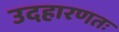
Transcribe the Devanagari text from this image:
उदहारणतः